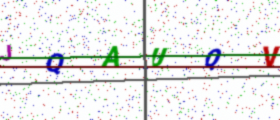
Text: JQAUQV